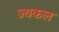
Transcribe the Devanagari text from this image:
ज्यकल